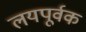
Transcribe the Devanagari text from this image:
लयपूर्वक